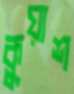
কুয়াশ